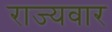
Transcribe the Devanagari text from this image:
राज्‍यवार